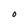
Character: O